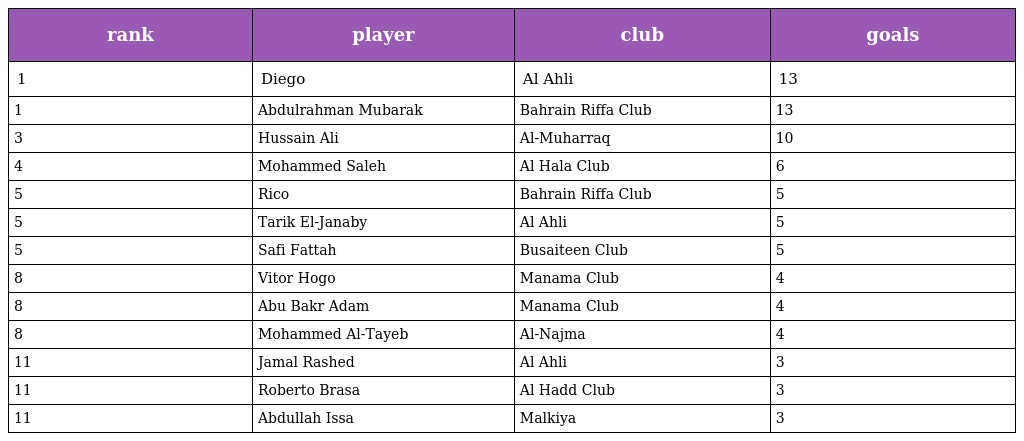
| rank | player | club | goals |
 | --- | --- | --- | --- |
 | 1 | Diego | Al Ahli | 13 |
 | 1 | Abdulrahman Mubarak | Bahrain Riffa Club | 13 |
 | 3 | Hussain Ali | Al-Muharraq | 10 |
 | 4 | Mohammed Saleh | Al Hala Club | 6 |
 | 5 | Rico | Bahrain Riffa Club | 5 |
 | 5 | Tarik El-Janaby | Al Ahli | 5 |
 | 5 | Safi Fattah | Busaiteen Club | 5 |
 | 8 | Vitor Hogo | Manama Club | 4 |
 | 8 | Abu Bakr Adam | Manama Club | 4 |
 | 8 | Mohammed Al-Tayeb | Al-Najma | 4 |
 | 11 | Jamal Rashed | Al Ahli | 3 |
 | 11 | Roberto Brasa | Al Hadd Club | 3 |
 | 11 | Abdullah Issa | Malkiya | 3 |